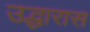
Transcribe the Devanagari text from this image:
उद्धारास